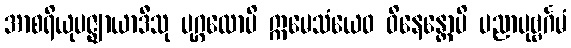
အာစရိယုပဇ္ဈာယာဒီသု ပုဂ္ဂလောပိ ဣမေသံယေဝ ဝိနေန္တောပိ ပညာပုဗ္ဗင်္ဂမံ